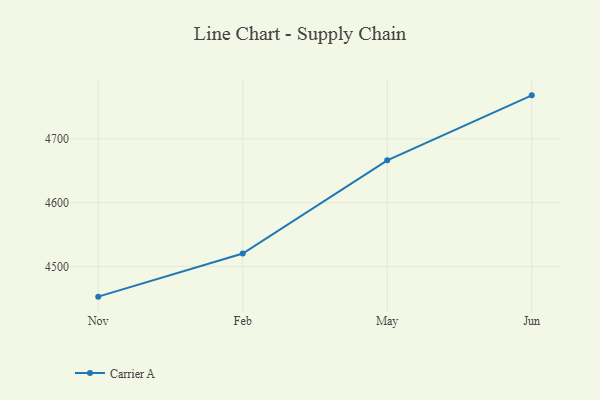
{"axis": {"x": "Month", "y": "Waste Production (Tons)"}, "legend": ["Carrier A"], "data": [{"x": "Nov", "y": 4452.6, "type": "Carrier A"}, {"x": "Feb", "y": 4520.2, "type": "Carrier A"}, {"x": "May", "y": 4666.2, "type": "Carrier A"}, {"x": "Jun", "y": 4768.1, "type": "Carrier A"}]}